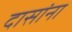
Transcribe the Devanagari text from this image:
दासांना